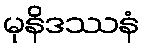
မုနိဒဿနံ